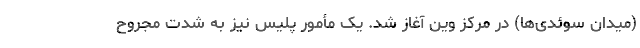
(میدان سوئدی‌ها) در مرکز وین آغاز شد. یک مأمور پلیس نیز به شدت مجروح